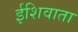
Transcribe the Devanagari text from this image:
ईशिवाता